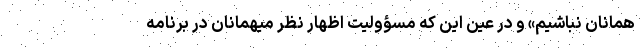
همانان نباشیم» و در عین این که مسؤولیت اظهار نظر میهمانان در برنامه